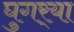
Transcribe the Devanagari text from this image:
घुगर्‍या